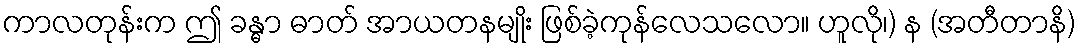
ကာလတုန်းက ဤ ခန္ဓာ ဓာတ် အာယတနမျိုး ဖြစ်ခဲ့ကုန်လေသလော။ ဟူလို၊) န (အတီတာနိ)